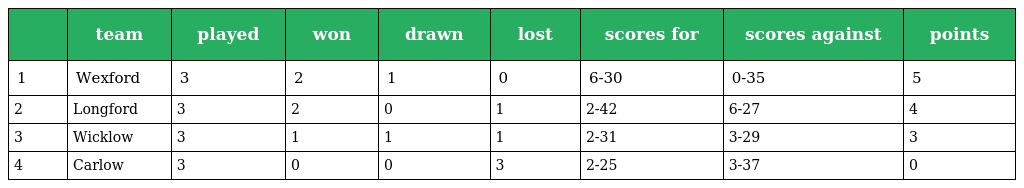
|  | team | played | won | drawn | lost | scores for | scores against | points |
 | --- | --- | --- | --- | --- | --- | --- | --- | --- |
 | 1 | Wexford | 3 | 2 | 1 | 0 | 6-30 | 0-35 | 5 |
 | 2 | Longford | 3 | 2 | 0 | 1 | 2-42 | 6-27 | 4 |
 | 3 | Wicklow | 3 | 1 | 1 | 1 | 2-31 | 3-29 | 3 |
 | 4 | Carlow | 3 | 0 | 0 | 3 | 2-25 | 3-37 | 0 |